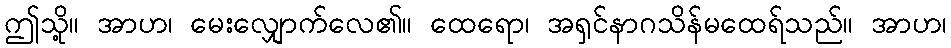
ဤသို့။ အာဟ၊ မေးလျှောက်လေ၏။ ထေရော၊ အရှင်နာဂသိန်မထေရ်သည်။ အာဟ၊